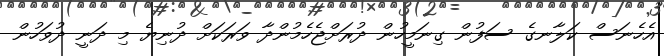
އެހެނަސް ކަލާނގެ ސަފުން ގިނަމީހުން ދުރަށްޖެހެމުންދާ ވަރަކަށް ދުނިޔެ މި ދަނީ ދުވަހުން